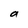
Character: a